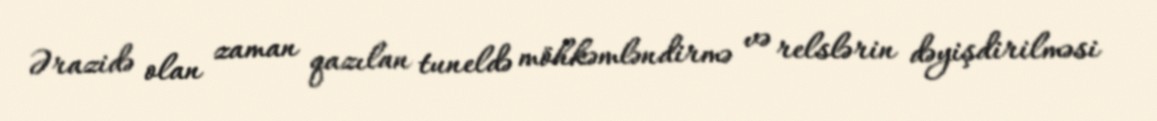
Ərazidə olan zaman qazılan tuneldə möhkəmləndirmə və relslərin dəyişdirilməsi